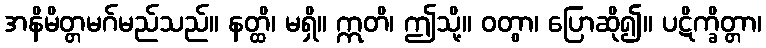
အနိမိတ္တမဂ်မည်သည်။ နတ္ထိ၊ မရှိ။ ဣတိ၊ ဤသို့။ ဝတွာ၊ ပြောဆို၍။ ပဋိက္ခိတ္တာ၊